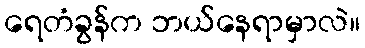
ရေတံခွန်က ဘယ်နေရာမှာလဲ။